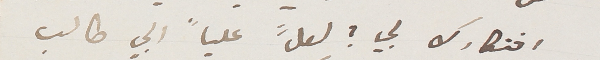
افتكارك بي؟ لعلَّ علياً ابي طالب